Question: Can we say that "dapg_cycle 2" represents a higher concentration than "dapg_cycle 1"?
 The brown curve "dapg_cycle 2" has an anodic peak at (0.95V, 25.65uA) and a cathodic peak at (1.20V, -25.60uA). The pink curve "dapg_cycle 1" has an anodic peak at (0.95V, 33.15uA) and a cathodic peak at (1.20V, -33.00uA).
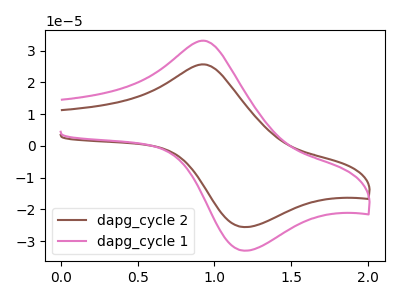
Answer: <think>All the peaks in "dapg_cycle 2" have a peak in "dapg_cycle 1" at the same potential. Every peak in "dapg_cycle 2" is lower than every peak in "dapg_cycle 1".
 </think>
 <answer>"dapg_cycle 2" has less signal than "dapg_cycle 1" and so likely has a lower concentration.</answer>
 <eval>less_concentration</eval>